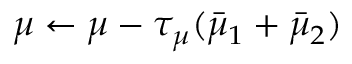
\mu \leftarrow \mu - \tau _ { \mu } ( \bar { \mu } _ { 1 } + \bar { \mu } _ { 2 } )